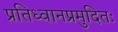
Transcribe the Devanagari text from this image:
प्रतिध्वानप्रमुदितः